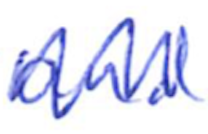
Text: and
Cross-out: zig-zag
Writing tool: ballpoint